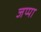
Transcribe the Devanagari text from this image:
जप्पा